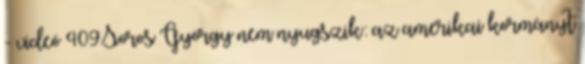
- videó 409Soros György nem nyugszik: az amerikai kormányt